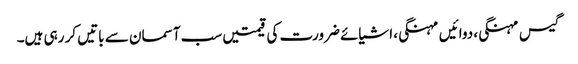
گیس مہنگی، دوائیں مہنگی، اشیائے ضرورت کی قیمتیں سب آسمان سے باتیں کر رہی ہیں۔